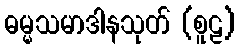
ဓမ္မသမာဒါနသုတ် (စူဠ)